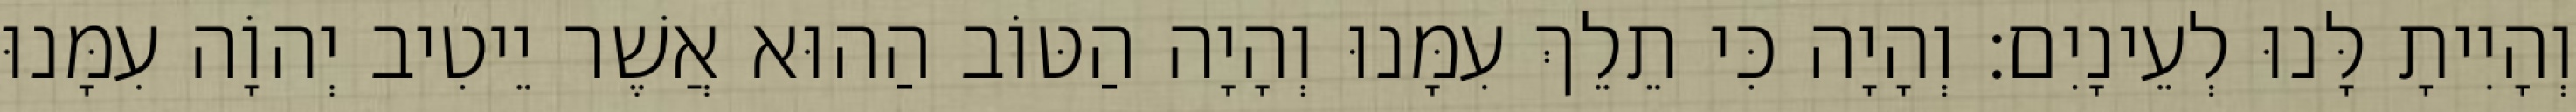
וְהָיִיתָ לָּנוּ לְעֵינָיִם׃ וְהָיָה כִּי תֵלֵךְ עִמָּנוּ וְהָיָה הַטּוֹב הַהוּא אֲשֶׁר יֵיטִיב יְהוָֹה עִמָּנוּ